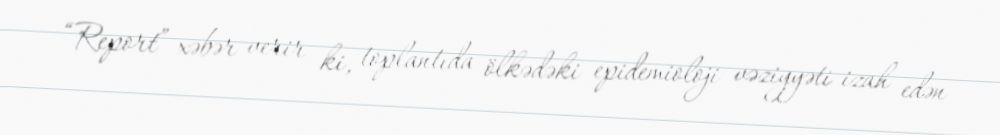
“Report” xəbər verir ki, toplantıda ölkədəki epidemioloji vəziyyəti izah edən